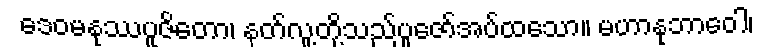
ဒေဝမနုဿပူဇိတော၊ နတ်လူ့တို့သည်ပူဇော်အပ်ထသော။ မဟာနုဘာဝေါ၊